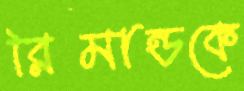
রিমান্ডকে